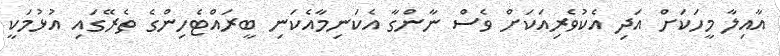
އާއިލާ މީހަކަށް އަދި އެކުވެރިއަކަށް ވެސް ނާންގާ އެކަނިމާއެކަނި ބީރައްޓެހިންގެ ތެރޭގައި އުޅުމަކީ